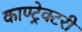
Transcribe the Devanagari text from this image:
काण्ट्रेक्टरी